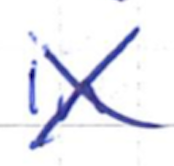
Text: in
Cross-out: cross
Writing tool: ballpoint